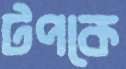
টপকে